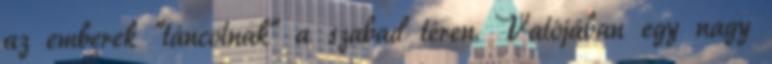
az emberek "táncolnak" a szabad téren. Valójában egy nagy